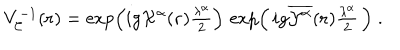
V _ { \cal { C } } ^ { - 1 } ( { \bf { r } } ) = \exp \left( i g { \cal X } ^ { \alpha } ( { \bf { r } } ) { \textstyle \frac { \lambda ^ { \alpha } } { 2 } } \right) \, \exp \left( \, i g { \overline { { { { \cal { Y } } ^ { \alpha } } } } } ( { \bf { r } } ) { \textstyle \frac { \lambda ^ { \alpha } } { 2 } } \, \right) \; .